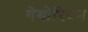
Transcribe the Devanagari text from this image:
गेगोरियन